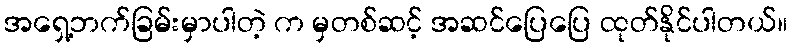
အရှေ့ဘက်ခြမ်းမှာပါတဲ့ က မှတစ်ဆင့် အဆင်ပြေပြေ ထုတ်နိုင်ပါတယ်။